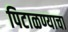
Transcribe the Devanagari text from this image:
पिटाळण्याचा